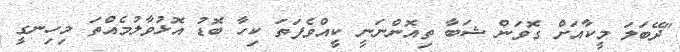
"ދޭބަލަ މީކާއަށް ގޮވަން ޝަބާ ތިއޮންނަނީ ކީއްވެފަތަ ކިހާ ބޮޑު އޮޅުވާލުމެއްތަ މިހިނގީ